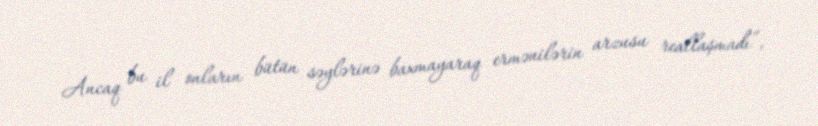
Ancaq bu il onların bütün səylərinə baxmayaraq ermənilərin arzusu reallaşmadı”,